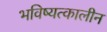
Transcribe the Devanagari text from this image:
भविष्यत्कालीन